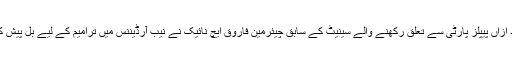
بعد ازاں پیپلز پارٹی سے تعلق رکھنے والے سینیٹ کے سابق چیئرمین فاروق ایچ نائیک نے نیب آرڈیننس میں ترامیم کے لیے بل پیش کیا۔